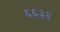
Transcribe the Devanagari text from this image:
६६३२